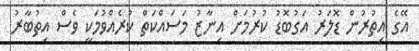
އޭގެ އިތުރުން ޑޮލަރު އަގުބޮޑު ކުރުމަށް އިނާޒު މަސައްކަތް ކުރެއްވުމަކީ ވެސް އިތުބާރު